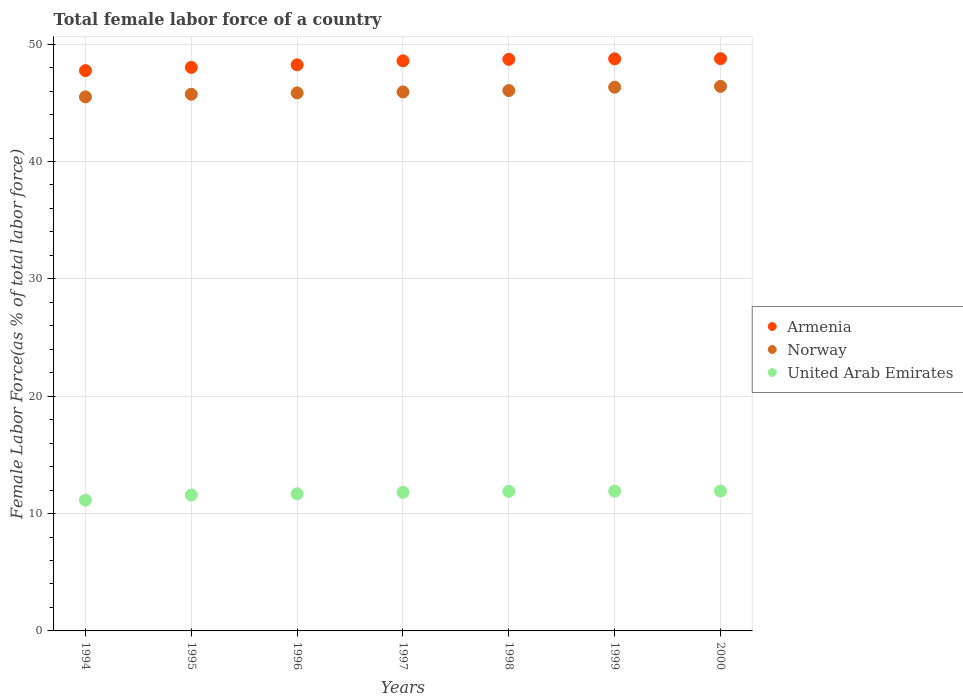
| Years | Armenia | Norway | United Arab Emirates |
 | --- | --- | --- | --- |
 | 1994 | 47.7 | 45.5 | 11.1 |
 | 1995 | 48 | 45.7 | 11.6 |
 | 1996 | 48.2 | 45.8 | 11.7 |
 | 1997 | 48.6 | 45.9 | 11.8 |
 | 1998 | 48.7 | 46 | 11.9 |
 | 1999 | 48.7 | 46.3 | 11.9 |
 | 2000 | 48.8 | 46.4 | 11.9 |